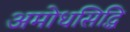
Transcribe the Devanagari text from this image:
अमोधसिद्धि